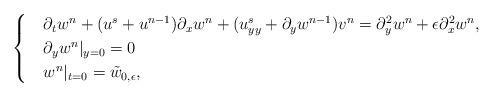
LaTeX: \begin{align*}\begin{cases}& \partial_tw^n + (u^s+{u}^{n-1} )\partial_x w^{n} + (u^s_{yy} +\partial_y w^{n-1}){v}^{n}= \partial^2_{y}w^n + \epsilon \partial^2_{x}w^n , \\& \partial_y w^n |_{y=0}=0\\&w^n|_{t=0}=\tilde{w}_{0, \epsilon},\end{cases}\end{align*}